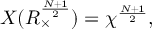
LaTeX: { \cal X } ( R _ { \times } ^ { \frac { N + 1 } { 2 } } ) = { \chi } ^ { \frac { N + 1 } { 2 } } ,